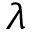
\lambda